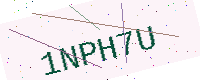
Text: 1NPH7U